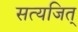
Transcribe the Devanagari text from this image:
सत्यजित्